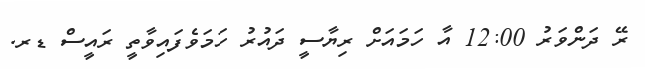
ރޭ ދަންވަރު 12:00 އާ ހަމައަށް ރިޔާސީ ދައުރު ހަމަވެފައިވާތީ ރައީސް ޑރ.